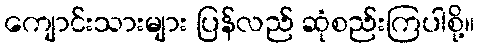
ကျောင်းသားများ ပြန်လည် ဆုံစည်းကြပါစို့။